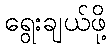
ရွေးချယ်ဖို့